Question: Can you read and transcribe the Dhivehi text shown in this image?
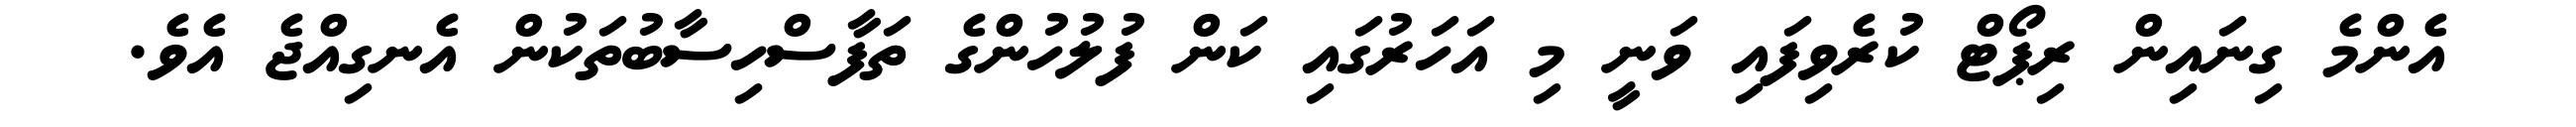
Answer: އެންމެ ގިނައިން ރިޕޯޓް ކުރެވިފައި ވަނީ މި އަހަރުގައި ކަން ފުލުހުންގެ ތަފާސްހިސާބުތަކުން އެނގިއްޖެ އެވެ.